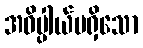
အဓိပ္ပါယ်မရှိသော